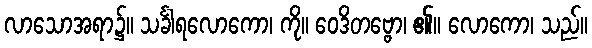
လာသောအရာ၌။ သင်္ခါရလောကော၊ ကို။ ဝေဒိတဗ္ဗော၊ ၏။ လောကော၊ သည်။